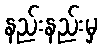
နည်းနည်းမှ